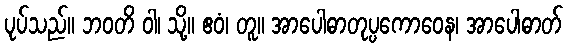
ပုပ်သည်။ ဘဝတိ ဝါ၊ သို့။ ဧဝံ၊ တူ။ အာပေါဓာတုပ္ပကောဝေန၊ အာပေါဓာတ်